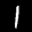
Label: 1